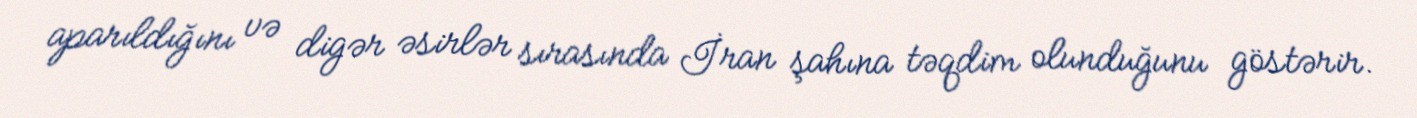
aparıldığını və digər əsirlər sırasında İran şahına təqdim olunduğunu göstərir.